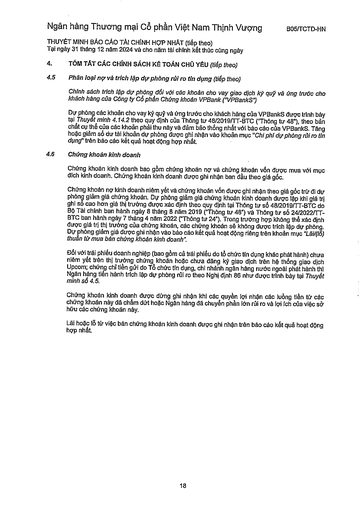
|4.|TÓM TẮT CÁC CHÍNH SÁCH KẾ TOÁN CHỦ YẾU (tiếp theo)| |---|---| |4.5|Phân loại nợ và trích lập dự phòng rủi ro tín dụng (tiếp theo)| ||Chính sách trích lập dự phòng đối với các khoản cho vay giao dịch ký quỹ và ứng trước cho khách hàng của Công ty Cổ phần Chứng khoán VPBank ("VPBankS")| ||Dự phòng các khoản cho vay ký quỹ và ứng trước cho khách hàng của VPBankS được trình bày tại Thuyết minh 4.14.2 theo quy định của Thông tư 48/2019/TT-BTC ("Thông tư 48"), theo bản chất cụ thể của các khoản phải thu này và đảm bảo thống nhất với báo cáo của VPBankS. Tăng hoặc giảm số dư tài khoản dự phòng được ghi nhận vào khoản mục "Chi phí dự phòng rủi ro tín dụng" trên báo cáo kết quả hoạt động hợp nhất.| |4.6|Chứng khoán kinh doanh| ||Chứng khoán kinh doanh bao gồm chứng khoán nợ và chứng khoán vốn được mua với mục đích kinh doanh. Chứng khoán kinh doanh được ghi nhận ban đầu theo giá gốc.| ||Chứng khoán nợ kinh doanh niêm yết và chứng khoán vốn được ghi nhận theo giá gốc trừ đi dự phòng giảm giá chứng khoán. Dự phòng giảm giá chứng khoán kinh doanh được lập khi giá trị ghi sổ cao hơn giá thị trường được xác định theo quy định tại Thông tư số 48/2019/TT-BTC do Bộ Tài chính ban hành ngày 8 tháng 8 năm 2019 ("Thông tư 48") và Thông tư số 24/2022/TT-BTC ban hành ngày 7 tháng 4 năm 2022 ("Thông tư 24"). Trong trường hợp không thể xác định được giá trị thị trường của chứng khoán, các chứng khoán sẽ không được trích lập dự phòng. Dự phòng giảm giá được ghi nhận vào báo cáo kết quả hoạt động riêng trên khoản mục "Lãi/(lỗ) thuần từ mua bán chứng khoán kinh doanh".| ||Đối với trái phiếu doanh nghiệp (bao gồm cả trái phiếu do tổ chức tín dụng khác phát hành) chưa niêm yết trên thị trường chứng khoán hoặc chưa đăng ký giao dịch trên hệ thống giao dịch Upcom; chứng chỉ tiền gửi do Tổ chức tín dụng, chi nhánh ngân hàng nước ngoài phát hành) thì Ngân hàng tiến hành trích lập dự phòng rủi ro theo Nghị định 86 như được trình bày tại Thuyết minh số 4.5.| ||Chứng khoán kinh doanh được dừng ghi nhận khi các quyền lợi nhận các luồng tiền từ các chứng khoán này đã chấm dứt hoặc Ngân hàng đã chuyển phần lớn rủi ro và lợi ích của việc sở hữu các chứng khoán này.| ||Lãi hoặc lỗ từ việc bán chứng khoán kinh doanh được ghi nhận trên báo cáo kết quả hoạt động hợp nhất.|